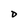
Character: D